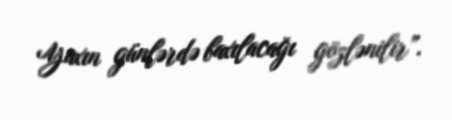
Yaxın günlərdə baxılacağı gözlənilir”.